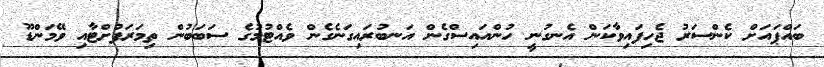
ބައްޕައަށް ކެންސަރު ޖެހިފައިވާކަން އެނގުނީ ހުންއައިސްގެން އަނބުރައިގަނެގެން ވެއްޓުމުގެ ސަބަބުން ތިމަރަފުށްޓާއި ވޭމަންޑޫ